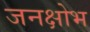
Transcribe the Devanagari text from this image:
जनक्षोभ